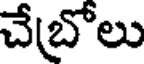
చేబ్రోలు